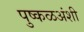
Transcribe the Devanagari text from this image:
पुष्कळअंशी